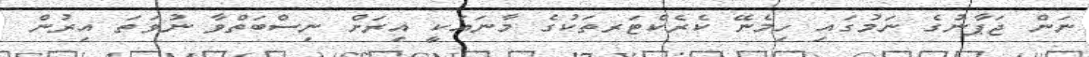
ނަން ޖަޕާނުގެ ނަމުގައި ހިމެނޭ ކެރެކްޓަރތަކުގެ މާނައަކީ އިރަށް ނިސްބަތްވާ ނުވަތަ އިރުން